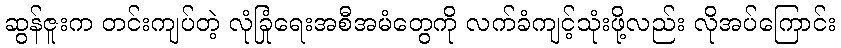
ဆွန်ဇူးက တင်းကျပ်တဲ့ လုံခြုံရေးအစီအမံတွေကို လက်ခံကျင့်သုံးဖို့လည်း လိုအပ်ကြောင်း